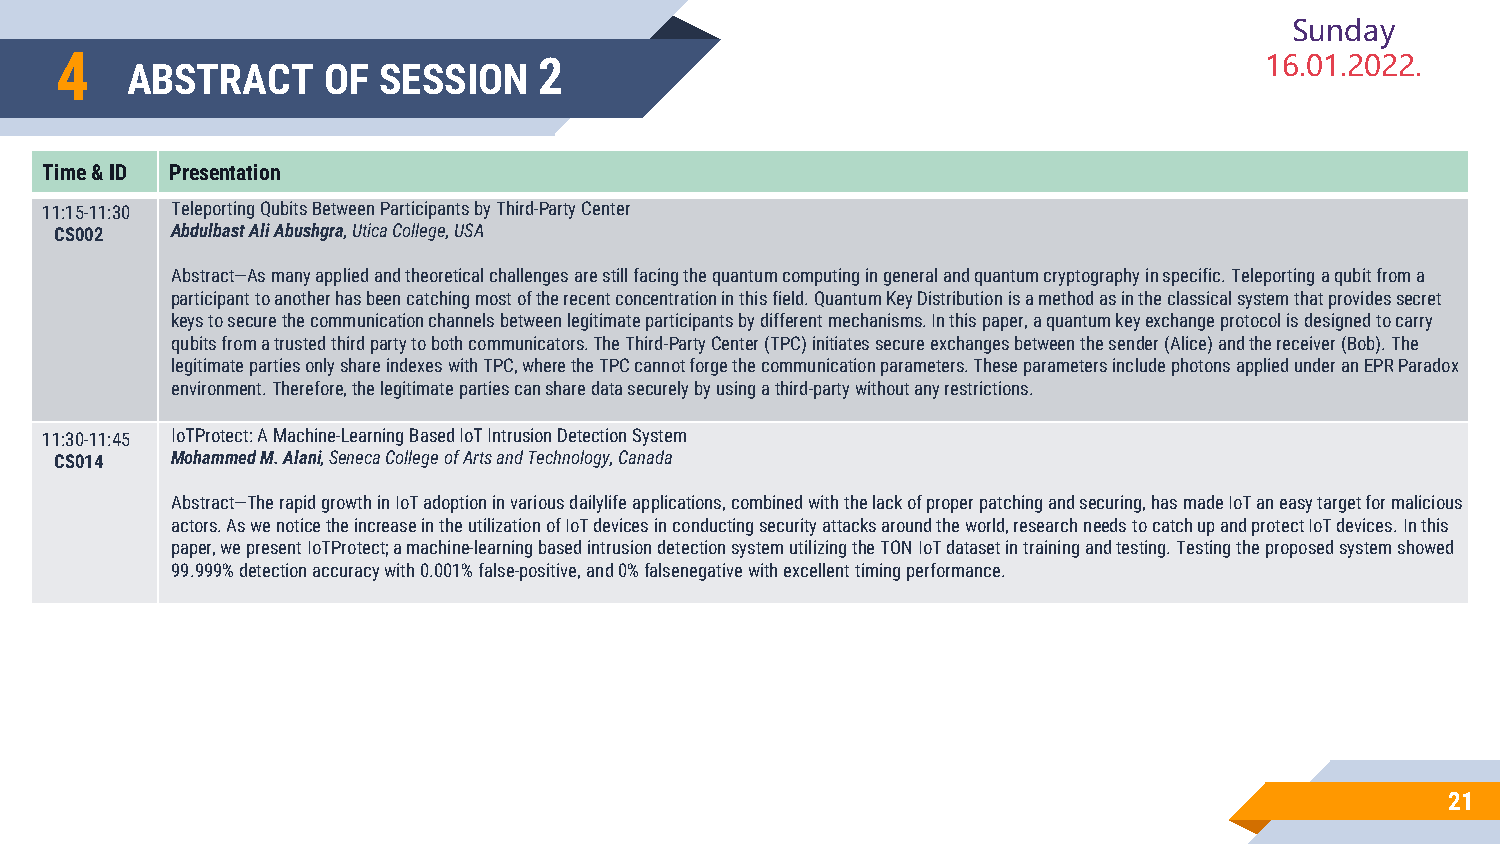
Sunday
 4                               2                                               16.01.2022.
 ABSTRACT     OF  SESSION
 Time & ID Presentation
 11:15-11:30 Teleporting Qubits Between Participants by Third-Party Center
 CS002  AbdulbastAli Abushgra, Utica College, USA
 Abstract—As many applied and theoretical challenges are still facing the quantum computing in general and quantum cryptography in specific. Teleporting a qubit from a
 participant to another has been catching most of the recent concentration in this field. Quantum Key Distribution is a methodasin the classical system that provides secret
 keys to secure the communication channels between legitimate participants by different mechanisms. In this paper, a quantum key exchange protocol is designed to carry
 qubits from a trusted third party to both communicators. The Third-Party Center (TPC) initiates secure exchanges between the sender (Alice) and the receiver (Bob). The
 legitimate parties only share indexes with TPC, where the TPC cannot forge the communication parameters. These parameters include photons applied under an EPR Paradox
 environment. Therefore, the legitimate parties can share data securely by using a third-party without any restrictions.
 11:30-11:45 IoTProtect: A Machine-Learning Based IoT Intrusion Detection System
 CS014  Mohammed M. Alani, Seneca College of Arts and Technology, Canada
 Abstract—The rapid growth in IoT adoption in various dailylifeapplications, combined with the lack of proper patching and securing, has made IoT an easy target for malicious
 actors. As we notice the increase in the utilization of IoT devices in conducting security attacks around the world, researchneeds to catch up and protect IoT devices. In this
 paper, we present IoTProtect; a machine-learning based intrusion detection system utilizing the TON IoT dataset in training and testing. Testing the proposed system showed
 99.999% detection accuracy with 0.001% false-positive, and 0% falsenegativewith excellent timing performance.
 21